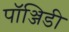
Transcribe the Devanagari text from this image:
पॉञ्जिडी